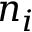
n _ { i }